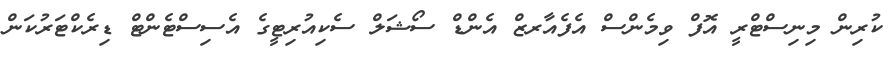
ކުރިން މިނިސްޓްރީ އޮފް ވިމެންސް އެފެއާރޒް އެންޑް ސޯޝަލް ސެކިއުރިޓީގެ އެސިސްޓެންޓް ޑިރެކްޓަރުކަން